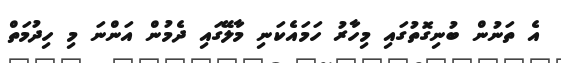
އެ ތަނުން ބުނިގޮތުގައި މިހާރު ހަމައެކަނި މާލޭގައި ދެމުން އަންނަ މި ހިދުމަތް